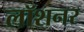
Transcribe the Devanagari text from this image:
लॉशनर